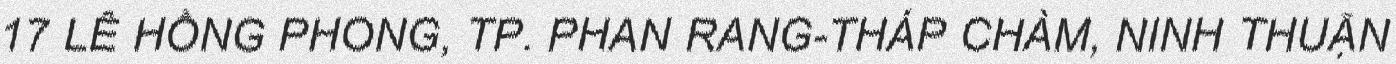
17 LÊ HỒNG PHONG, TP. PHAN RANG-THÁP CHÀM, NINH THUẬN